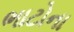
ભાટોના